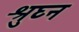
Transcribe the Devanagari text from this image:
श्रुघ्न